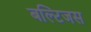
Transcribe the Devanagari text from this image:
बल्टिजस